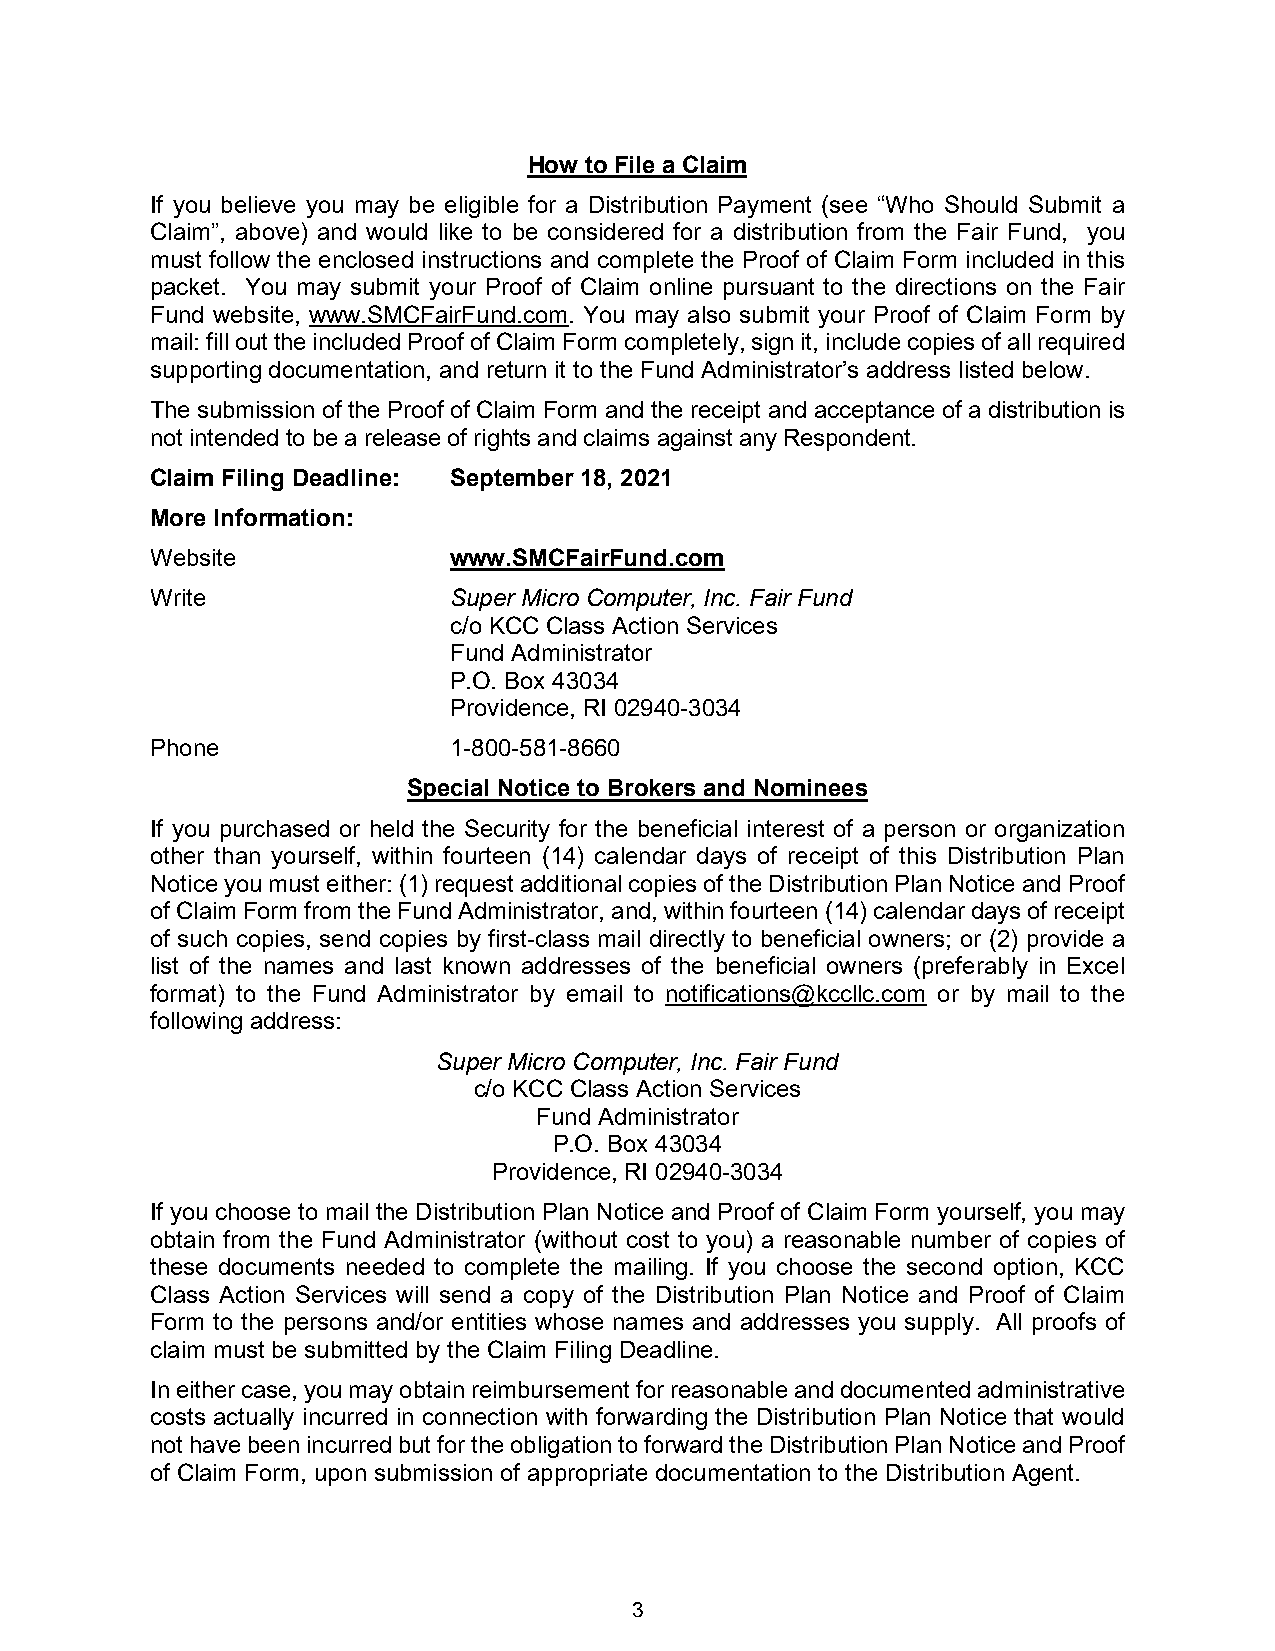
How to File a Claim
 If you believe you may be eligible for a Distribution Payment (see “Who Should Submit a
 Claim”, above) and would like to be considered for a distribution from the Fair Fund, you
 must follow the enclosed instructions and complete the Proof of Claim Form included in this
 packet. You may submit your Proof of Claim online pursuant to the directions on the Fair
 Fund website, www.SMCFairFund.com. You may also submit your Proof of Claim Form by
 mail: fill out the included Proof of Claim Form completely, sign it, include copies of all required
 supporting documentation, and return it to the Fund Administrator’s address listed below.
 The submission of the Proof of Claim Form and the receipt and acceptance of a distribution is
 not intended to be a release of rights and claims against any Respondent.
 Claim Filing Deadline: September 18, 2021
 More Information:
 Website             www.SMCFairFund.com
 Write               Super Micro Computer, Inc. Fair Fund
 c/o KCC Class Action Services
 Fund Administrator
 P.O. Box 43034
 Providence, RI 02940-3034
 Phone               1-800-581-8660
 Special Notice to Brokers and Nominees
 If you purchased or held the Security for the beneficial interest of a person or organization
 other than yourself, within fourteen (14) calendar days of receipt of this Distribution Plan
 Notice you must either: (1) request additional copies of the Distribution Plan Notice and Proof
 of Claim Form from the Fund Administrator, and, within fourteen (14) calendar days of receipt
 of such copies, send copies by first-class mail directly to beneficial owners; or (2) provide a
 list of the names and last known addresses of the beneficial owners (preferably in Excel
 format) to the Fund Administrator by email to notifications@kccllc.com or by mail to the
 following address:
 Super Micro Computer, Inc. Fair Fund
 c/o KCC Class Action Services
 Fund Administrator
 P.O. Box 43034
 Providence, RI 02940-3034
 If you choose to mail the Distribution Plan Notice and Proof of Claim Form yourself, you may
 obtain from the Fund Administrator (without cost to you) a reasonable number of copies of
 these documents needed to complete the mailing. If you choose the second option, KCC
 Class Action Services will send a copy of the Distribution Plan Notice and Proof of Claim
 Form to the persons and/or entities whose names and addresses you supply. All proofs of
 claim must be submitted by the Claim Filing Deadline.
 In either case, you may obtain reimbursement for reasonable and documented administrative
 costs actually incurred in connection with forwarding the Distribution Plan Notice that would
 not have been incurred but for the obligation to forward the Distribution Plan Notice and Proof
 of Claim Form, upon submission of appropriate documentation to the Distribution Agent.
 3